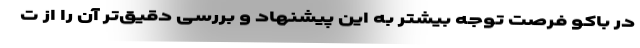
در باکو فرصت توجه بیشتر به این پیشنهاد و بررسی دقیق‌تر آن را از ت